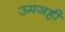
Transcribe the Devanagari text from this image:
उमजही